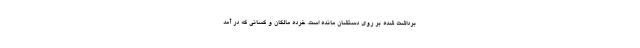
برداشت شده بر روی دستشان مانده است. خرده مالکان و کسانی که در آمد